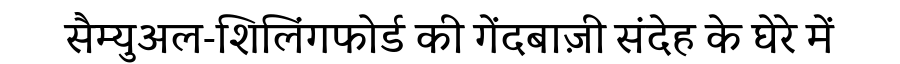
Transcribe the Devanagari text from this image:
सैम्युअल-शिलिंगफोर्ड की गेंदबाज़ी संदेह के घेरे में